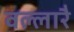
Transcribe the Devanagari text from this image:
वल्लारै